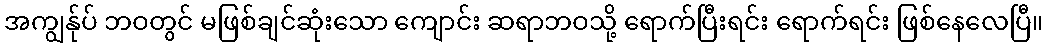
အကျွန်ုပ် ဘဝတွင် မဖြစ်ချင်ဆုံးသော ကျောင်း ဆရာဘဝသို့ ရောက်ပြီးရင်း ရောက်ရင်း ဖြစ်နေလေပြီ။